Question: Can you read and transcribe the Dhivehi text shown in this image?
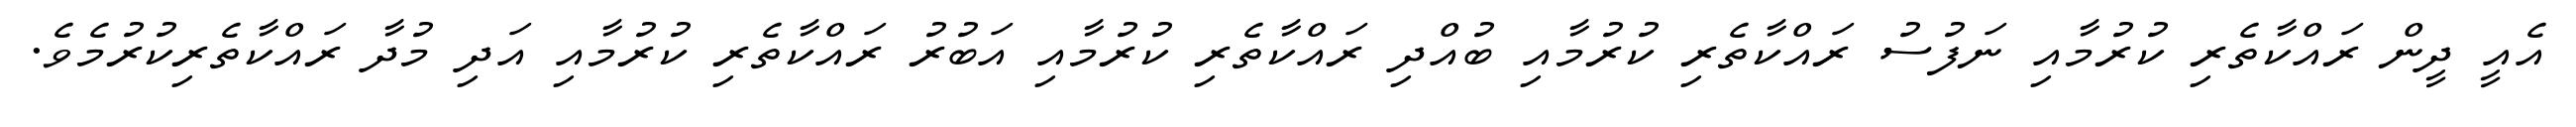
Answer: އެއީ ދީން ރައްކާތެރި ކުރުމާއި ނަފުސު ރައްކާތެރި ކުރުމާއި ބުއްދި ރައްކާތެރި ކުރުމާއި އަބުރު ރައްކާތެރި ކުރުމާއި އަދި މުދާ ރައްކާތެރިކުރުމެވެ.